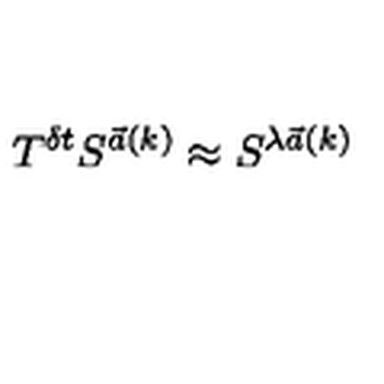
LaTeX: T ^ { \delta t } S ^ { { \vec { a } } ( k ) } \approx S ^ { \lambda { \vec { a } } ( k ) }